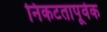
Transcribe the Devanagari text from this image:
निकटतापूर्वक